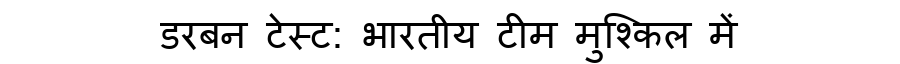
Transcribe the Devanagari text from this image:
डरबन टेस्ट: भारतीय टीम मुश्किल में